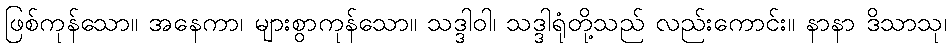
ဖြစ်ကုန်သော။ အနေကာ၊ များစွာကုန်သော။ သဒ္ဒါဝါ၊ သဒ္ဒါရုံတို့သည် လည်းကောင်း။ နာနာ ဒိသာသု၊